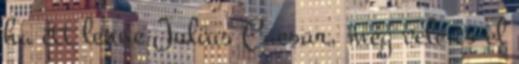
ha itt lenne Julius Caesar, még vele is el